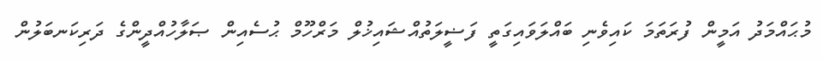
މުޙައްމަދު އަމީން ފުރަތަމަ ކައިވެނި ބައްލަވައިގަތީ ފަޟީލަތުއްޝައިޚުލް މަރްހޫމް ޙުސެއިން ޞަލާހުއްދީންގެ ދަރިކަނބަލުން